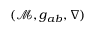
( \mathcal { M } , g _ { a b } , \nabla )